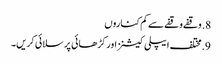
8. وقفے وقفے سے کم کناروں
9. مختلف ایپلی کیشنز اور کڑھائی پر سلائی کریں۔